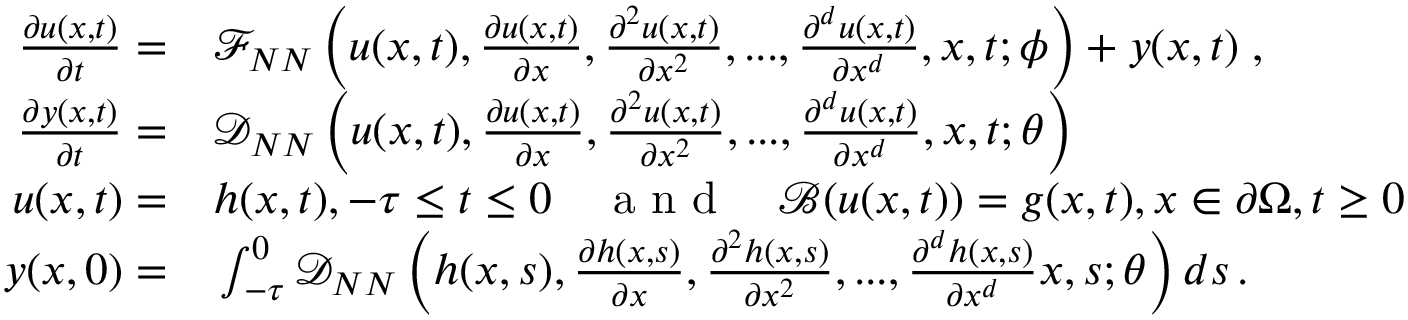
\begin{array} { r l } { \frac { \partial u ( x , t ) } { \partial t } = } & { { } \mathcal { F } _ { N N } \left( u ( x , t ) , \frac { \partial u ( x , t ) } { \partial x } , \frac { \partial ^ { 2 } u ( x , t ) } { \partial x ^ { 2 } } , . . . , \frac { \partial ^ { d } u ( x , t ) } { \partial x ^ { d } } , x , t ; \phi \right) + y ( x , t ) \; , } \\ { \frac { \partial y ( x , t ) } { \partial t } = } & { { } \mathcal { D } _ { N N } \left( u ( x , t ) , \frac { \partial u ( x , t ) } { \partial x } , \frac { \partial ^ { 2 } u ( x , t ) } { \partial x ^ { 2 } } , . . . , \frac { \partial ^ { d } u ( x , t ) } { \partial x ^ { d } } , x , t ; \theta \right) } \\ { u ( x , t ) = } & { { } h ( x , t ) , - \tau \leq t \leq 0 \quad \mathrm { ~ a ~ n ~ d ~ } \quad \mathcal { B } ( u ( x , t ) ) = g ( x , t ) , x \in \partial \Omega , t \geq 0 } \\ { y ( x , 0 ) = } & { { } \int _ { - \tau } ^ { 0 } \mathcal { D } _ { N N } \left( h ( x , s ) , \frac { \partial h ( x , s ) } { \partial x } , \frac { \partial ^ { 2 } h ( x , s ) } { \partial x ^ { 2 } } , . . . , \frac { \partial ^ { d } h ( x , s ) } { \partial x ^ { d } } x , s ; \theta \right) d s \, . } \end{array}